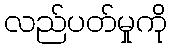
လည်ပတ်မှုကို